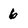
Character: 6